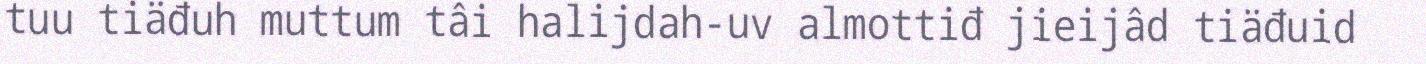
tuu tiäđuh muttum tâi halijdah-uv almottiđ jieijâd tiäđuid